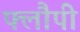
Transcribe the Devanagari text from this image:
फ्लौपी